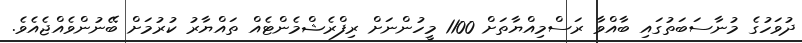
ދުވަހުގެ މުނާސަބަތުގައި ބާއްވާ ރަސްމިއްޔާތަށް 1100 މީހުންނަށް ރިފްރެޝްމެންޓެއް ތައްޔާރު ކުރުމަށް ބޭނުންވެއްޖެއެވެ.